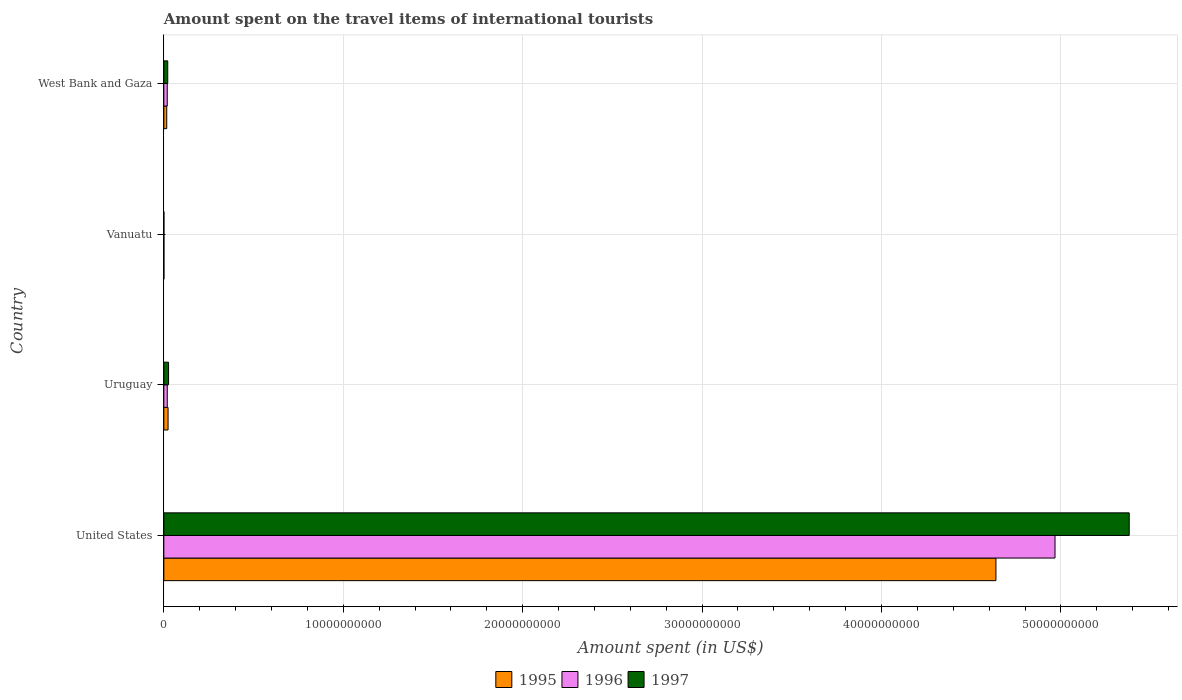
| Country | 1995 | 1996 | 1997 |
 | --- | --- | --- | --- |
 | United States | 4.64e+10 | 4.97e+10 | 5.38e+10 |
 | Uruguay | 2.36e+08 | 1.92e+08 | 2.64e+08 |
 | Vanuatu | 5e+06 | 5e+06 | 5e+06 |
 | West Bank and Gaza | 1.62e+08 | 1.91e+08 | 2.18e+08 |